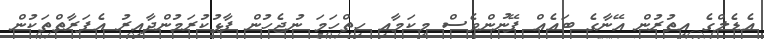
އެޑެލްގެ އިތުރުން އޭނާގެ ބައެއް ފޭނުންވެސް މިކަމާއި ހިތްހަމަ ނުޖެހުން ފާޅުކުރަމުންދާއިރު އެފަރާތްތަކުން